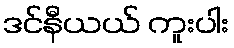
ဒင်နီယယ် ကူးပါး